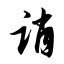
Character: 诮